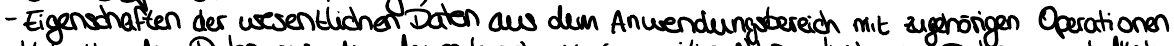
- Eigenschaften der wesentlichen Daten aus dem Anwendungsbereich mit zugehörigen Operationen